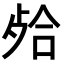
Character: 𣨄